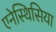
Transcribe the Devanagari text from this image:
एनेस्थिसिया